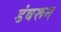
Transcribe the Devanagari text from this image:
डंबरून